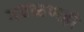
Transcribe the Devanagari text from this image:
गवळणही